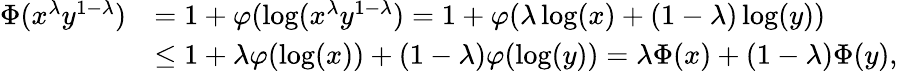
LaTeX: \begin{array}{rl}{\Phi(x^{\lambda}y^{1-\lambda})}&{=1+\varphi(\log(x^{\lambda}y^{1-\lambda})=1+\varphi(\lambda\log(x)+(1-\lambda)\log(y))}\\ &{\leq 1+\lambda\varphi(\log(x))+(1-\lambda)\varphi(\log(y))=\lambda\Phi(x)+(1-\lambda)\Phi(y),}\end{array}